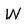
Character: W